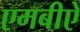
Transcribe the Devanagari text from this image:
एमबीऐ